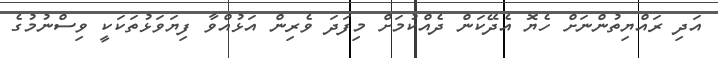
އަދި ރައްޔިތުންނަށް ހެޔޮ އެދޭކަން ދެއްކުމަށް މިފަދަ ވެރިން އަޅުއްވާ ފިޔަވަޅުތަކަކީ ވިސްނުމުގެ